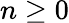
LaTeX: n\ge 0